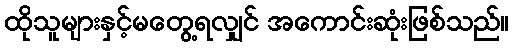
ထိုသူများနှင့်မတွေ့ရလျှင် အကောင်းဆုံးဖြစ်သည်။